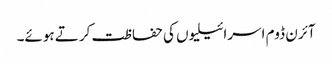
آئرن ڈوم اسرائیلیوں کی حفاظت کرتے ہوئے۔